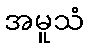
အမူသံ